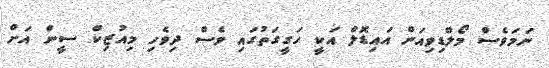
ނަމަވެސް މޯލްޑިވިއަން އައިޑޮލް އަކީ ހަގީގަތުގައި ވެސް ދިވެހި މިއުޒިކް ސީން އަށް